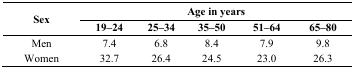
| <ROWSPAN=2> Sex | <COLSPAN=5> Age in years |
 | 19–24 | 25–34 | 35–50 | 51–64 | 65–80 |
 | --- | --- | --- | --- | --- | --- |
 | Men | 7.4 | 6.8 | 8.4 | 7.9 | 9.8 |
 | Women | 32.7 | 26.4 | 24.5 | 23.0 | 26.3 |